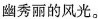
幽秀丽的风光。